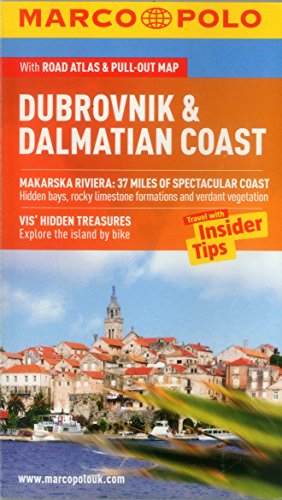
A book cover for Dubrovnik & Dalmatian Coast Guide (Marco Polo Guides); Marco Polo Travel; Travel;